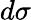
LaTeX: d\sigma